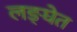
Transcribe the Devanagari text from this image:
लङ्घेत